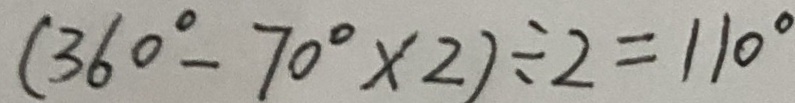
( 3 6 0 ^ { \circ } - 7 0 ^ { \circ } \times 2 ) \div 2 = 1 1 0 ^ { \circ }